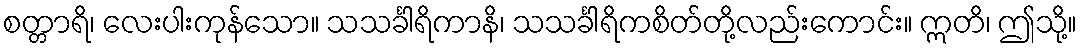
စတ္တာရိ၊ လေးပါးကုန်သော။ သသင်္ခါရိကာနိ၊ သသင်္ခါရိကစိတ်တို့လည်းကောင်း။ ဣတိ၊ ဤသို့။